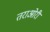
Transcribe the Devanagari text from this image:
तराओरी